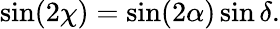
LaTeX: \begin{array}{r}{\sin(2\chi)=\sin(2\alpha)\sin\delta.}\end{array}